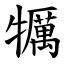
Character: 犡